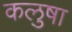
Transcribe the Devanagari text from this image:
कलुषा